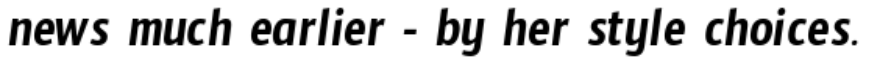
news much earlier - by her style choices.